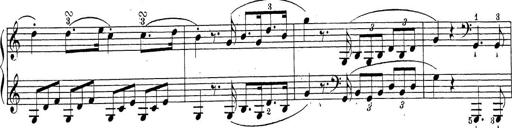
Title: Sonatina Album
Composer: Louis KÃ¶hler